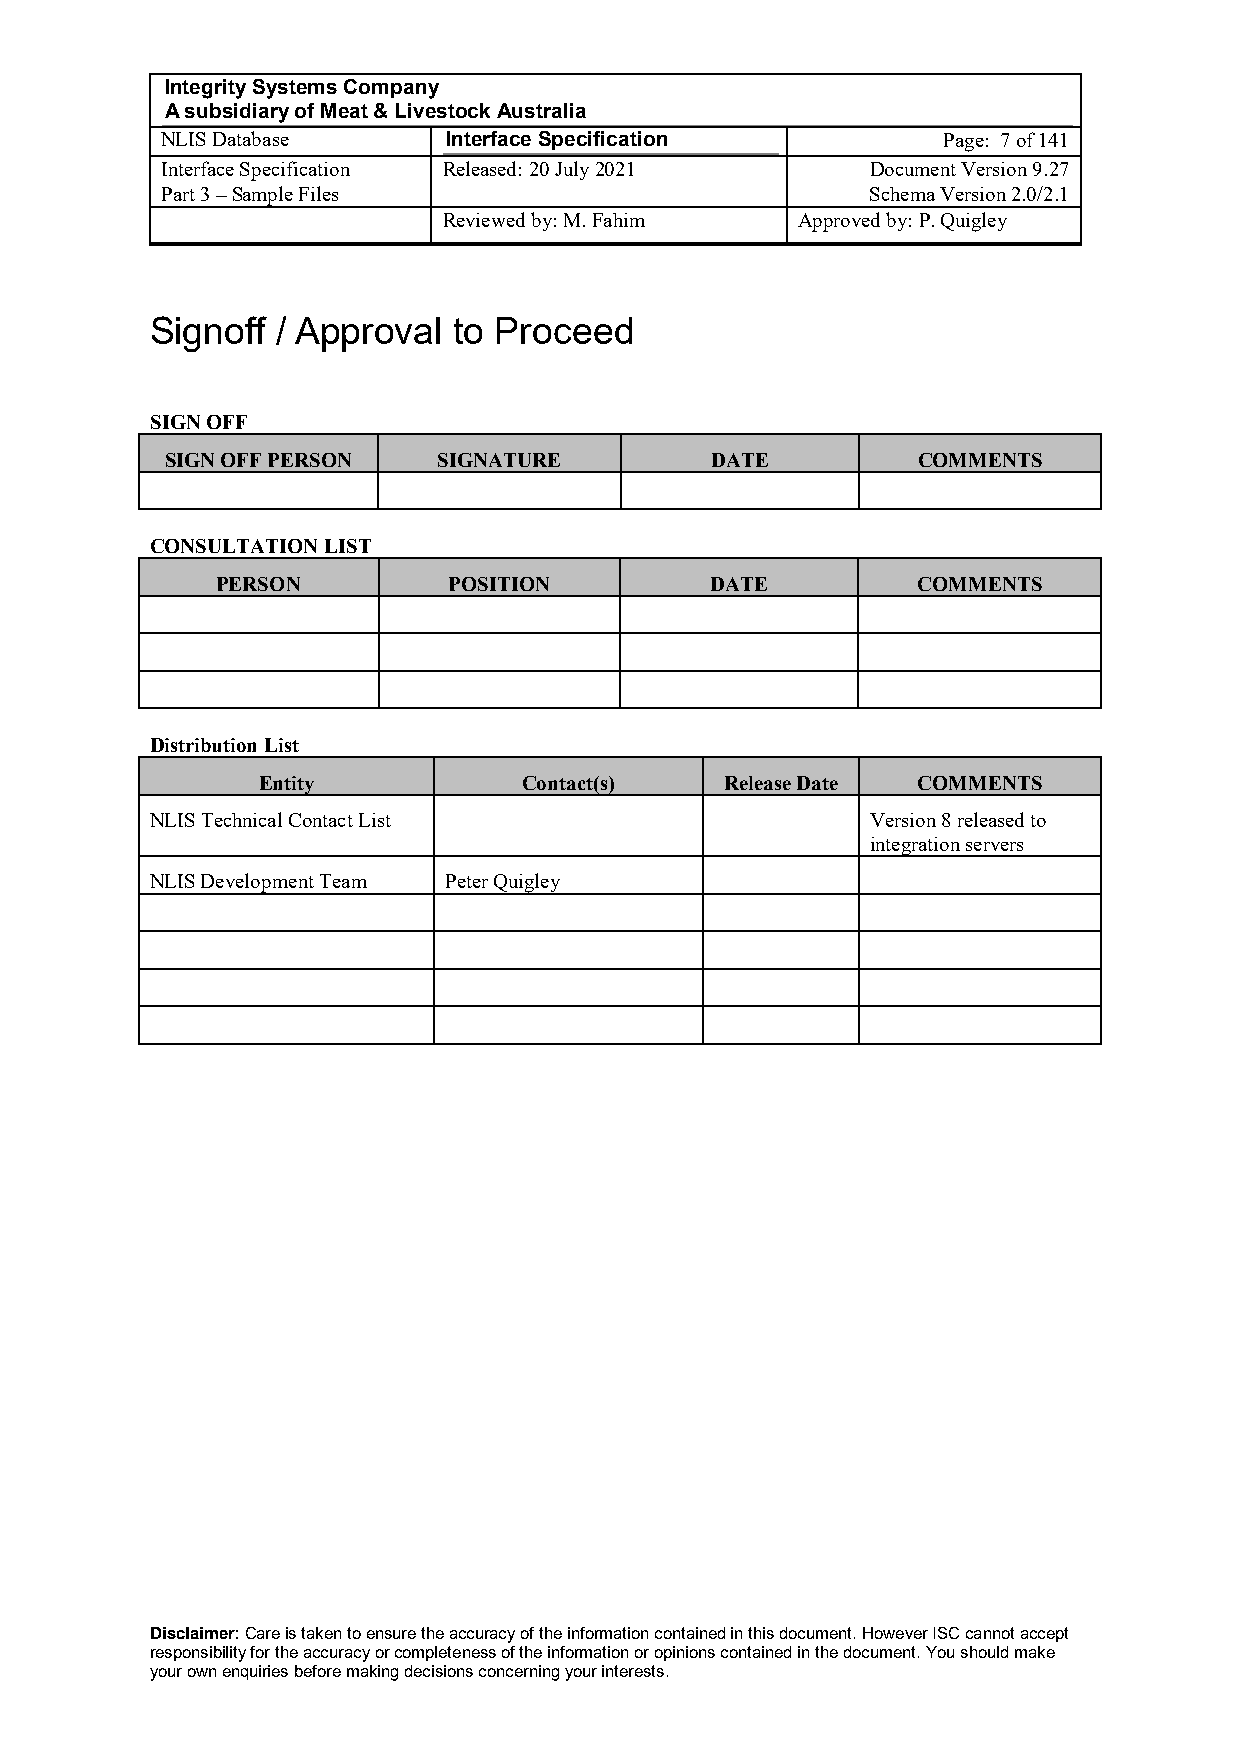
Integrity Systems Company
 A subsidiary of Meat & Livestock Australia
 NLIS Database      Interface Specification         Page: 7 of 141
 Interface Specification Released: 20 July 2021 Document Version 9.27
 Part 3 – Sample Files                          Schema Version 2.0/2.1
 Reviewed by: M. Fahim   Approved by: P. Quigley
 Signoff / Approval  to Proceed
 SIGN OFF
 SIGN OFF PERSON   SIGNATURE         DATE          COMMENTS
 CONSULTATION LIST
 PERSON          POSITION         DATE          COMMENTS
 Distribution List
 Entity            Contact(s)   Release Date COMMENTS
 NLIS Technical Contact List                     Version 8 released to
 integration servers
 NLIS Development Team Peter Quigley
 Disclaimer: Care is taken to ensure the accuracy of the information contained in this document. However ISC cannot accept
 responsibility for the accuracy or completeness of the information or opinions contained in the document. You should make
 your own enquiries before making decisions concerning your interests.